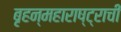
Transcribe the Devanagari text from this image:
बृहन्महाराष्ट्राची